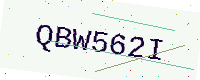
Text: QBW562I